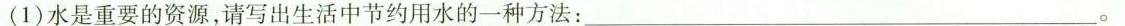
(1)水是重要的资源，请写出生活中节约用水的一种方法：___。